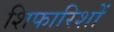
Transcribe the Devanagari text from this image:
शिफारिशों